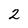
Character: 2